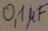
Text: 0,1µF